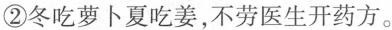
②冬吃萝卜夏吃姜，不劳医生开药方。